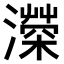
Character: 𤀻